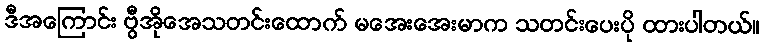
ဒီအကြောင်း ဗွီအိုအေသတင်းထောက် မအေးအေးမာက သတင်းပေးပို ထားပါတယ်။